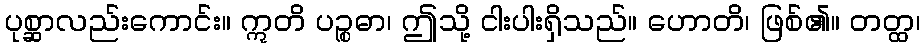
ပုစ္ဆာလည်းကောင်း။ ဣတိ ပဉ္စဓာ၊ ဤသို့ ငါးပါးရှိသည်။ ဟောတိ၊ ဖြစ်၏။ တတ္ထ၊